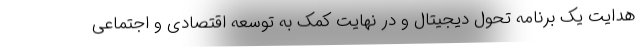
هدایت یک برنامه تحول دیجیتال و در نهایت کمک به توسعه اقتصادی و اجتماعی